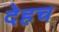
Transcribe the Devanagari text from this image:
देहच